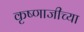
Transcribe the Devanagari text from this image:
कृष्णाजीच्या